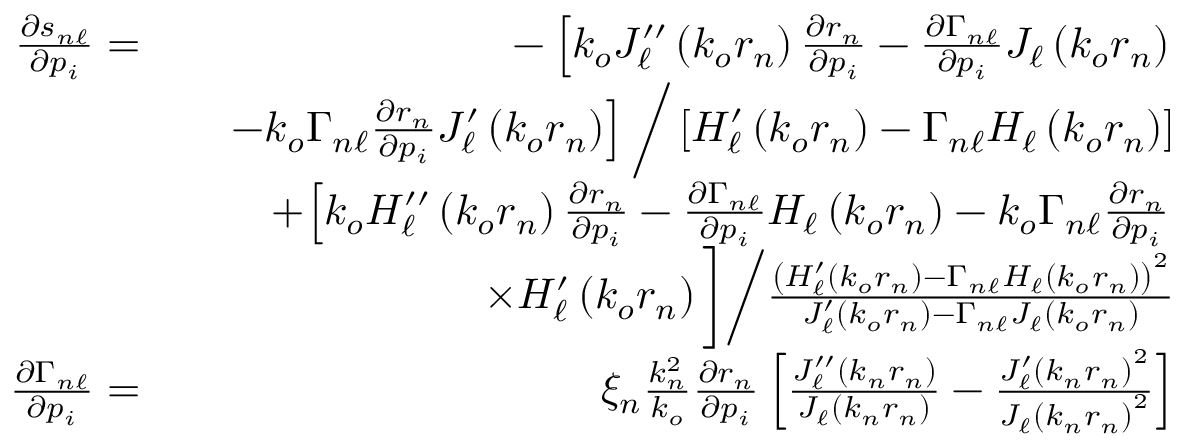
\begin{array} { r l r } { \frac { \partial s _ { n \ell } } { \partial p _ { i } } = } & { } & { - \left[ k _ { o } J _ { \ell } ^ { \prime \prime } \left( k _ { o } r _ { n } \right) \frac { \partial r _ { n } } { \partial p _ { i } } - \frac { \partial \Gamma _ { n \ell } } { \partial p _ { i } } J _ { \ell } \left( k _ { o } r _ { n } \right) \right. } \\ & { } & { \left. - k _ { o } \Gamma _ { n \ell } \frac { \partial r _ { n } } { \partial p _ { i } } J _ { \ell } ^ { \prime } \left( k _ { o } r _ { n } \right) \right] \bigg / \left[ { H _ { \ell } ^ { \prime } \left( k _ { o } r _ { n } \right) - \Gamma _ { n \ell } H _ { \ell } \left( k _ { o } r _ { n } \right) } \right] } \\ & { } & { + { \left[ k _ { o } H _ { \ell } ^ { \prime \prime } \left( k _ { o } r _ { n } \right) \frac { \partial r _ { n } } { \partial p _ { i } } - \frac { \partial \Gamma _ { n \ell } } { \partial p _ { i } } H _ { \ell } \left( k _ { o } r _ { n } \right) - k _ { o } \Gamma _ { n \ell } \frac { \partial r _ { n } } { \partial p _ { i } } \right. } } \\ & { } & { \times H _ { \ell } ^ { \prime } \left( k _ { o } r _ { n } \right) \bigg ] \bigg / { \frac { \left( H _ { \ell } ^ { \prime } \left( k _ { o } r _ { n } \right) - \Gamma _ { n \ell } H _ { \ell } \left( k _ { o } r _ { n } \right) \right) ^ { 2 } } { J _ { \ell } ^ { \prime } \left( k _ { o } r _ { n } \right) - \Gamma _ { n \ell } J _ { \ell } \left( k _ { o } r _ { n } \right) } } } \\ { \frac { \partial \Gamma _ { n \ell } } { \partial p _ { i } } = } & { } & { \xi _ { n } \frac { k _ { n } ^ { 2 } } { k _ { o } } \frac { \partial r _ { n } } { \partial p _ { i } } \left[ \frac { J _ { \ell } ^ { \prime \prime } \left( k _ { n } r _ { n } \right) } { J _ { \ell } \left( k _ { n } r _ { n } \right) } - \frac { J _ { \ell } ^ { \prime } \left( k _ { n } r _ { n } \right) ^ { 2 } } { J _ { \ell } \left( k _ { n } r _ { n } \right) ^ { 2 } } \right] } \end{array}